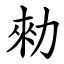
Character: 勑